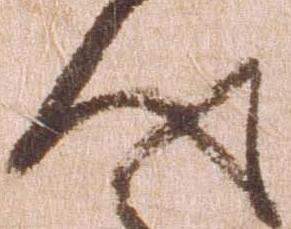
人